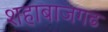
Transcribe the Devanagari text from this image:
शहाबाजगढ